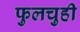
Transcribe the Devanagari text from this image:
फुलचुही